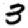
Digit: 3